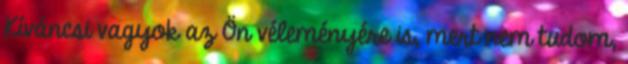
Kíváncsi vagyok az Ön véleményére is, mert nem tudom,